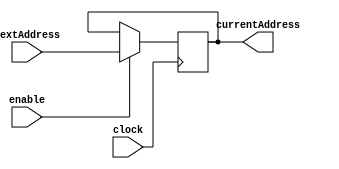
`timescale 1ns / 1ps
////////////////////////////////////////////////////////////////////////////////
// Module Name: Program Counter Register
// Instruction Stage: Pipeline Register
//
// Description: Pipeline register that begins stage 1 of the datapath. This
//              register iterates through the instructions in the MIPS assembly
//              program. Only functions when enabled.
////////////////////////////////////////////////////////////////////////////////


module ProgramCounter(
    // Inputs
    input clock,
    input enable,
    input [31:0] nextAddress,
    // Outputs
    output reg [31:0] currentAddress
    );
    
    always @(posedge clock) begin
        if (enable) begin
            // Set next program counter value to the input
            currentAddress <= nextAddress;
        end
    end
endmodule